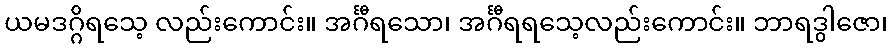
ယမဒဂ္ဂိရသေ့ လည်းကောင်း။ အင်္ဂီရသော၊ အင်္ဂီရရသေ့လည်းကောင်း။ ဘာရဒွါဇော၊